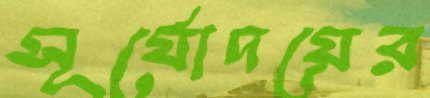
সূর্যোদয়ের